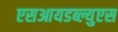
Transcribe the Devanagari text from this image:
एसआयडब्ल्युएस